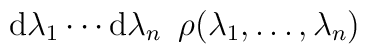
{\rm d} \lambda_1 \cdots {\rm d} \lambda_n\,\,\,  \rho(\lambda_1,\ldots , \lambda_n )